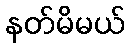
နတ်မိမယ်